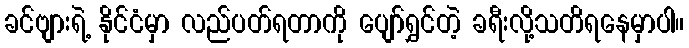
ခင်ဗျားရဲ့ နိုင်ငံမှာ လည်ပတ်ရတာကို ပျော်ရွှင်တဲ့ ခရီးလို့သတိရနေမှာပါ။